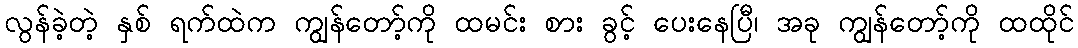
လွန်ခဲ့တဲ့ နှစ် ရက်ထဲက ကျွန်တော့်ကို ထမင်း စား ခွင့် ပေးနေပြီ၊ အခု ကျွန်တော့်ကို ထထိုင်